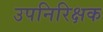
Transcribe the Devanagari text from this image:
उपनिरिक्षक